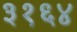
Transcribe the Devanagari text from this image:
३१६४